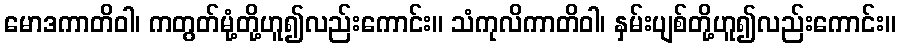
မောဒကာတိဝါ၊ ကတွတ်မုံ့တို့ဟူ၍လည်းကောင်း။ သံကုလိကာတိဝါ၊ နှမ်းပျစ်တို့ဟူ၍လည်းကောင်း။